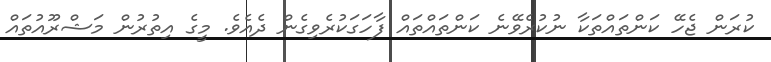
ކުރަން ޖެހޭ ކަންތައްތަކާ ނުކުރެވޭނެ ކަންތައްތައް ފާހަގަކުރެވިގެން ދެއެވެ. މީގެ އިތުރުން މަޝްރޫއުތައް